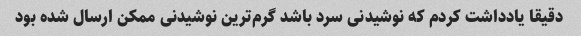
دقیقا یادداشت کردم که نوشیدنی سرد باشد گرم‌ترین نوشیدنی ممکن ارسال شده بود